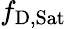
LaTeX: f_{\mathrm{{D,Sat}}}